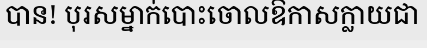
បាន! បុរសម្នាក់បោះចោលឱកាសក្លាយជា